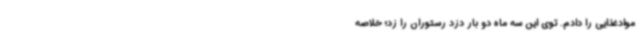
موادغذایی را دادم. توی این سه ماه دو بار دزد رستوران را زد؛ خلاصه